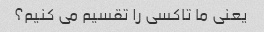
یعنی ما تاکسی را تقسیم می کنیم؟